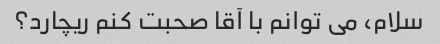
سلام، می توانم با آقا صحبت کنم ریچارد؟